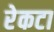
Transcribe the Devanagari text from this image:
रेकटा